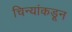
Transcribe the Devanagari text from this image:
चिन्यांकडून